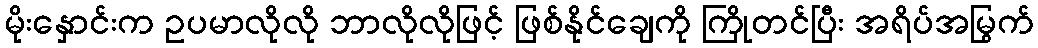
မိုးနှောင်းက ဥပမာလိုလို ဘာလိုလိုဖြင့် ဖြစ်နိုင်ချေကို ကြိုတင်ပြီး အရိပ်အမြွက်